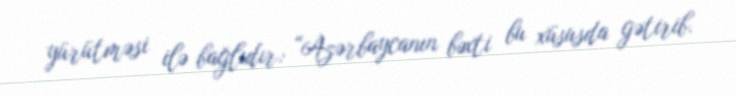
yürütməsi ilə bağlıdır: “Azərbaycanın bəxti bu xüsusda gətirib.